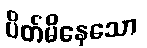
ပိတ်မိနေသော